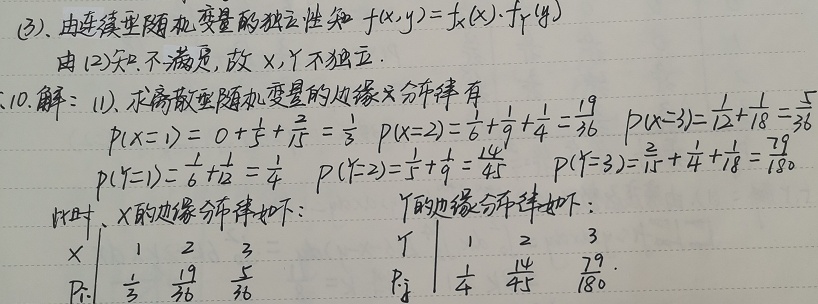
(3). 由连续型随机变量的独立性知 \(f(x,y)=f_{X}(x)\cdot f_{Y}(y)\)。由(2)知不满足，故 \(X\)，\(Y\) 不独立。

10. 解：(1). 求离散型随机变量的边缘分布律有
\[
\begin{align*}
P(X = 1)&=0+\frac{1}{5}+\frac{2}{15}=\frac{1}{3}\\
P(X = 2)&=\frac{1}{6}+\frac{1}{9}+\frac{1}{4}=\frac{19}{36}\\
P(X = 3)&=\frac{1}{12}+\frac{1}{18}=\frac{5}{36}\\
P(Y = 1)&=\frac{1}{6}+\frac{1}{12}=\frac{1}{4}\\
P(Y = 2)&=\frac{1}{5}+\frac{1}{9}=\frac{14}{45}\\
P(Y = 3)&=\frac{2}{15}+\frac{1}{4}+\frac{1}{18}=\frac{79}{180}
\end{align*}
\]
此时，\(X\) 的边缘分布律如下：
\[
\begin{array}{c|ccc}
X & 1 & 2 & 3 \\
\hline
P_{i\cdot} & \frac{1}{3} & \frac{19}{36} & \frac{5}{36}
\end{array}
\]
\(Y\) 的边缘分布律如下：
\[
\begin{array}{c|ccc}
Y & 1 & 2 & 3 \\
\hline
P_{\cdot j} & \frac{1}{4} & \frac{14}{45} & \frac{79}{180}
\end{array}
\]